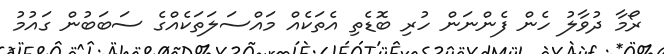
ރޯމާ ދުވާލު ހެން ފެންނަން ހުރި ބޮޑެތި އެތަކެއް މައްސަލަތަކެއްގެ ސަބަބުން ގައުމު